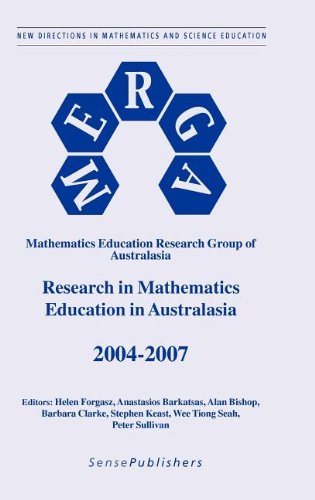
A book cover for Research in Mathematics Education in Australasia (New Directions in Mathematics and Science Education); Science & Math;